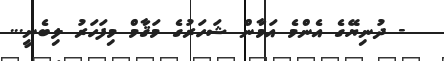
- ދުނިޔޭގެ އެންމެ އަމާން ޝަހަރުގެ މަޤާމް މިފަހަރު ލިބެނީ...